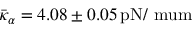
\bar { \kappa } _ { \alpha } = 4 . 0 8 \pm 0 . 0 5 \, \mathrm { { p N / \ m u m } }